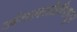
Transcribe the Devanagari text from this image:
जंगलतोडीपासून